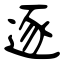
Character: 逐